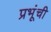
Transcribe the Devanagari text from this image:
प्रभूंची